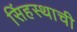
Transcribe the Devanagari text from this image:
सिंहस्थाची